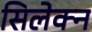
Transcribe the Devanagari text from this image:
सिलेक्न